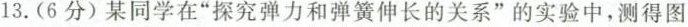
13.(6分)某同学在”探究弹力和弹簧伸长的关系”的实验中，测得图